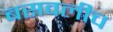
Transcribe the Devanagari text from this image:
बसवलीच